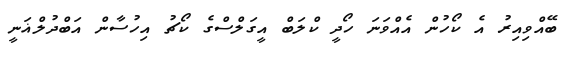
ބޭއްވިއިރު އެ ކޯހުން އެއްވަނަ ހޯދީ ކްލަބް އީގަލްސްގެ ކޯޗު އިހުސާން އަބްދުލްޣަނީ